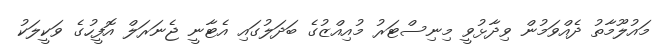
މައުލޫމާތު ދެއްވަމުން ވިދާޅުވީ މިނިސްޓަރު މުއިއްޒުގެ ބަދަލުގައި އެޓާނީ ޖެނަރަލް އޮފީހުގެ ވަކީލަކު